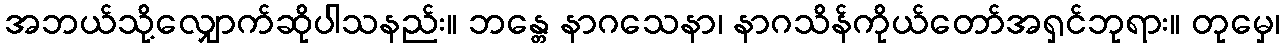
အဘယ်သို့လျှောက်ဆိုပါသနည်း။ ဘန္တေ နာဂသေနာ၊ နာဂသိန်ကိုယ်တော်အရှင်ဘုရား။ တုမှေ၊